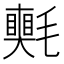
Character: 𣰠